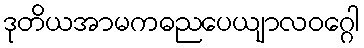
ဒုတိယအာမကဓညပေယျာလဝဂ္ဂေါ